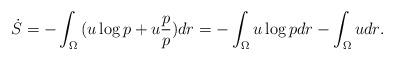
LaTeX: \begin{align*} \dot{S} = -\int_{\Omega}{(u\log{p} + u\frac{p}{p})dr} = -\int_{\Omega}{u\log{p}dr} - \int_{\Omega}{udr}.\end{align*}